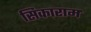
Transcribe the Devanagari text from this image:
सिकाराम